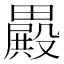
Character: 𣫕